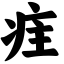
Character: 疰